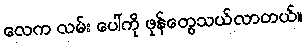
လေက လမ်း ပေါ်ကို ဖုန်တွေသယ်လာတယ်။